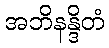
အဘိနန္ဒိတံ